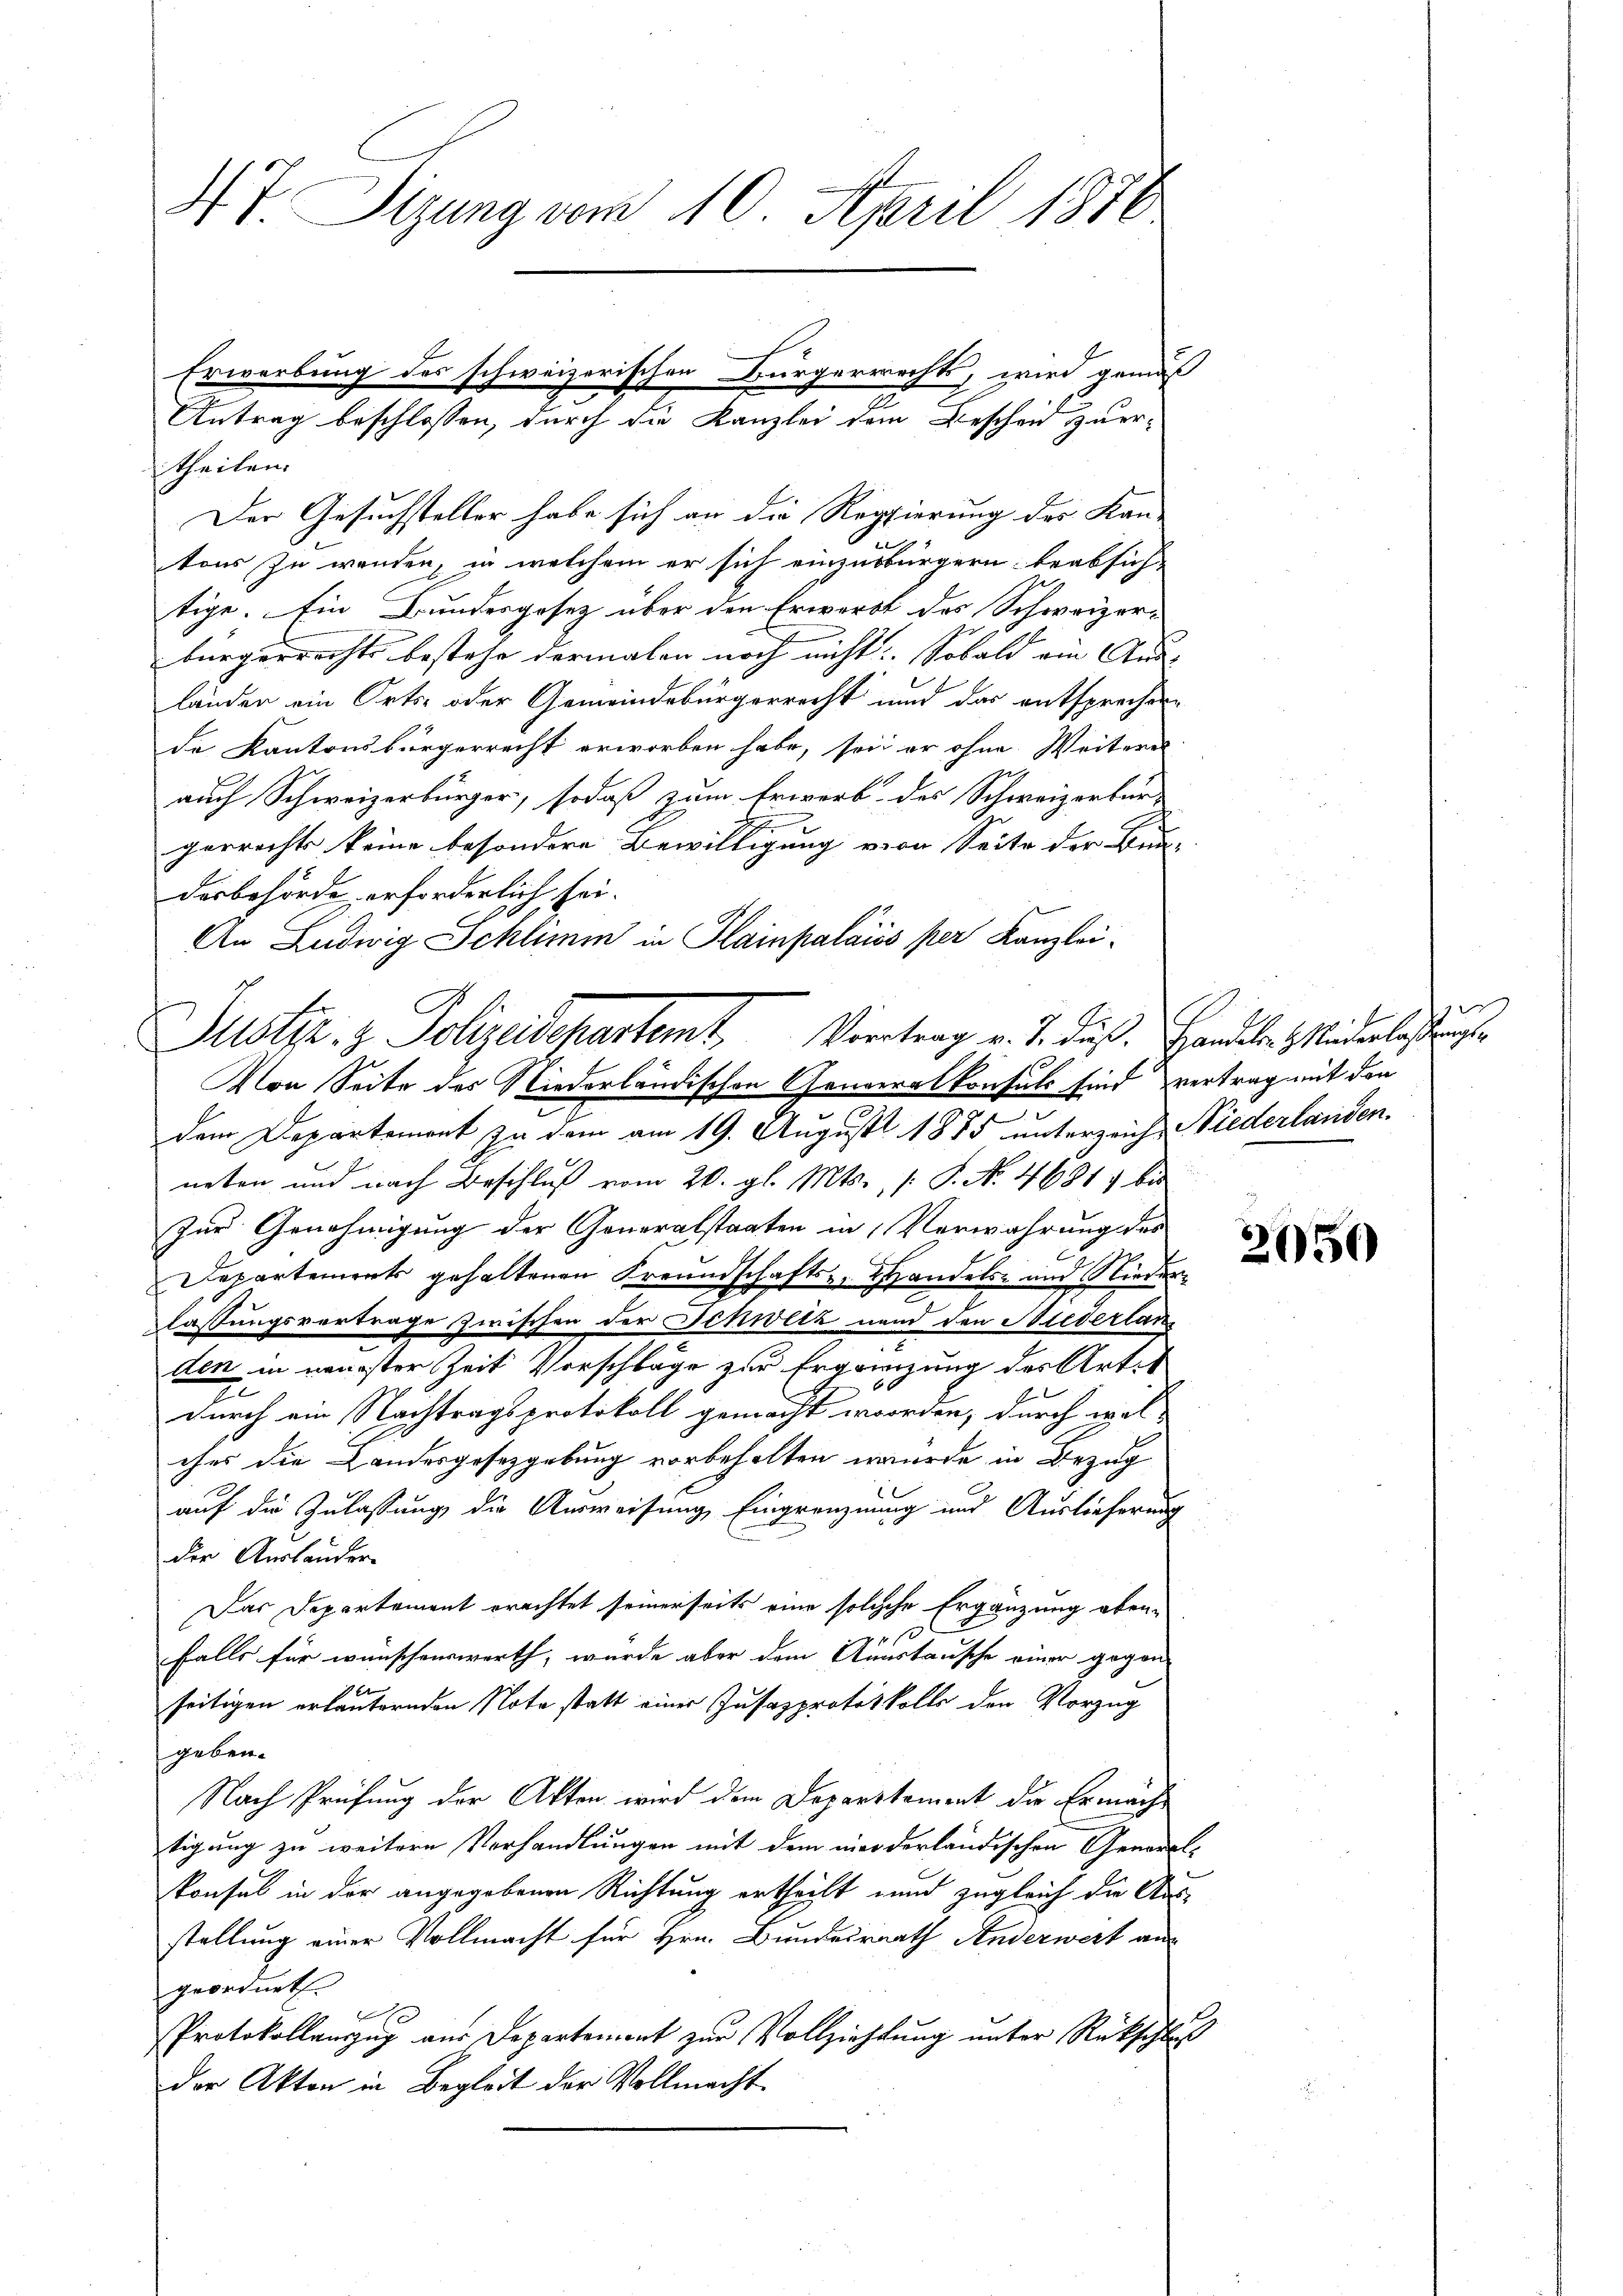
47 Sizung vom 10. April 1876

theilen.
Der Gesuchsteller habe sich an die Regierung des Kan-
1
tons zu wenden, in welchem er sich einzusbürgern beabsich-
tige. Ein Bundesgesetz über den Erwerbt des Schweizer-
bürgerrechts bestehe dermalen noch nicht: Sobald ein Aus- |
länder ein Orts- oder Gemeindsbürgerrecht und das entsprechen
de Kantonsbürgerrecht erworben habe, sei er ohne Weiteres
auch Schweizerbürger, sodaß zum Erwerb des Schweizerbür-
gerrecht keine besondere Bewilligung von Seite der Bun-
desbehörde erforderlich sei.
An Ludwig Schlimm in Hainpalais per Kanzlei-
Mon Seite des Niederländischen Generalkonsuls sind vertrag mit den
dem Departement zu dem am 19. August 1875 unterzeich-Niederlanden.
neten und nach Beschluß vom 20. gl. Mts., P. No. 4681 bis
Zur Genehmigung der Generalstaaten in Verwahrung des
Departements gehaltenen Freundschafts-, Handelte und Niederlassungsvortrage zwischen der Schwitz nend den Sieverlan
den in neuester Zeit Vorschlage zur Ergrenzung des Art.
durch ein Nachtragsprotokoll gemacht worden, durch welches die Landesgesetzgebung vorbehalten wurde in Bezug
auf die Zulassung die Ausweisung Eingrenznung und Auslieferung
n
der Auslander
Das Departement erachtet seinerseits eine solche Ergänzung aben-
falls für wünschenswerth, wurde aber dem Ausstausche einer gegen
seitigen erläuternden Note statt einer Jusazprotokolls den Vorzug
geben.
Nach Prüfung der Akten wird dem Departement die Ermäche
tigung zu weitere Verhandlungen mit dem niederländischen General-
konsul in der angegebenen Richtung ertheilt und zugleich die Aus-
stellung einer Vollmacht für Hrn. Bunderrath Anderwert an
geordnet.
x
Protokollanzŭg aŭs Departement zŭr Vollziehlŭng ŭnter Rückschluß
der Akten in Begleit der Vollmacht

Erwerbung des schweizerischen Bürgerrechts, wird gemäß
.
Antrag beschlossen, durch die Kanzlei dem Bescheid zuer-

Justiz & Polizeidchartemt Vortrag v. J. Fuß. Handele Minderlesung

e

2650